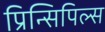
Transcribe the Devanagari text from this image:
प्रिन्सिपिल्स